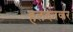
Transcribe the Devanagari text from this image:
हलदनकर